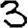
Digit: 3